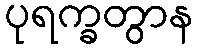
ပုရက္ခတွာန